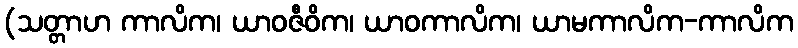
(သတ္တာဟ ကာလိက၊ ယာဝဇီဝိက၊ ယာဝကာလိက၊ ယာမကာလိက-ကာလိက